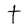
Character: t